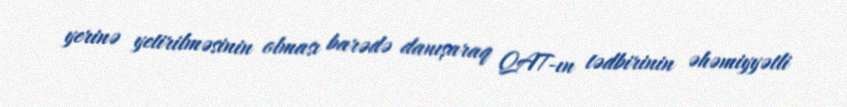
yerinə yetirilməsinin olması barədə danışaraq QAT-ın tədbirinin əhəmiyyətli